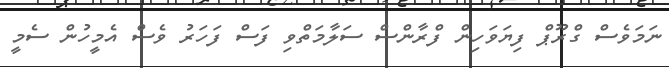
ނަމަވެސް ގްރޫޕް ފިޔަވަހިން ފްރާންސް ސަލާމަތްވި ފަސް ފަހަރު ވެސް އެމީހުން ސެމީ